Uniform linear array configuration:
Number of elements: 24
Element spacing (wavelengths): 0.5
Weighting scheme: hann
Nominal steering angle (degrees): -15
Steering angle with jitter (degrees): -16.304
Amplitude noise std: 0.05
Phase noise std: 0.05

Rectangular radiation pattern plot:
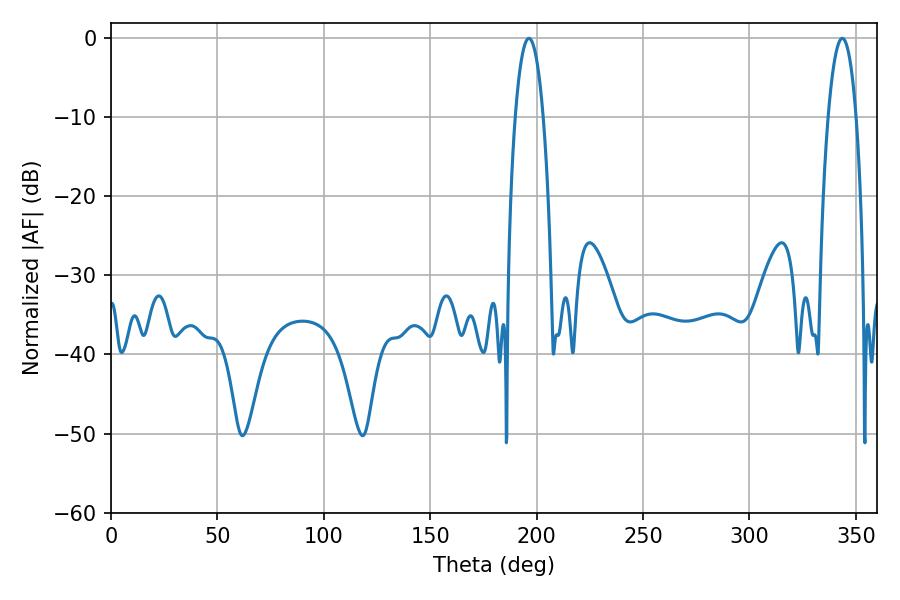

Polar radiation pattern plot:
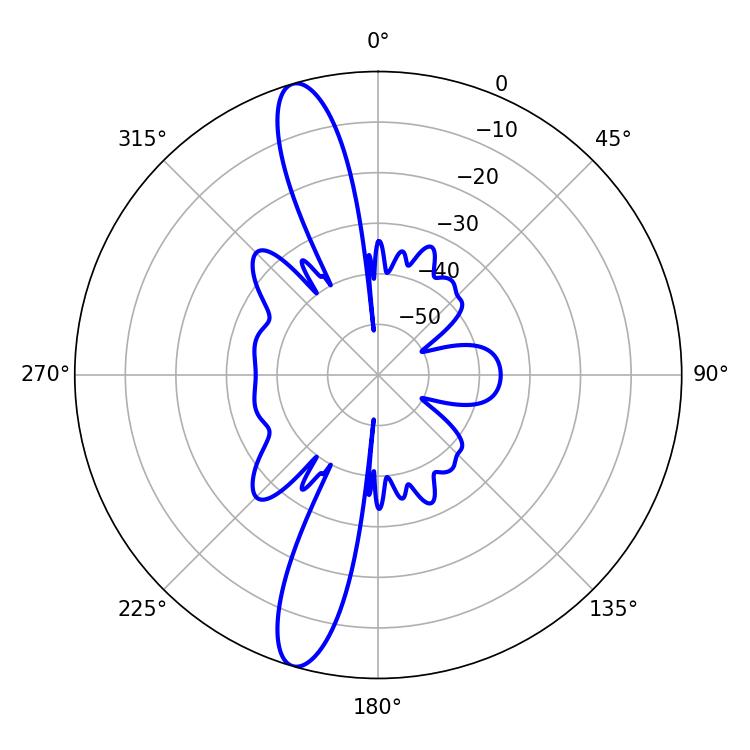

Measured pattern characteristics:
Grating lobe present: FALSE
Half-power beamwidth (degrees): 7.2
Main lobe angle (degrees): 196.38